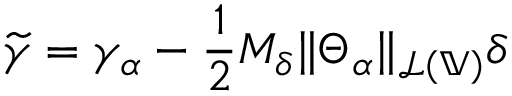
\widetilde { \gamma } = \gamma _ { \alpha } - \frac { 1 } { 2 } M _ { \delta } \| \Theta _ { \alpha } \| _ { \mathcal { L } ( \mathbb { V } ) } \delta